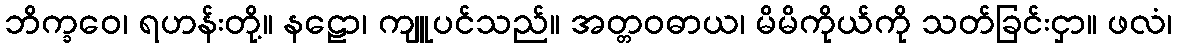
ဘိက္ခဝေ၊ ရဟန်းတို့။ နဠော၊ ကျူပင်သည်။ အတ္တဝဓာယ၊ မိမိကိုယ်ကို သတ်ခြင်းငှာ။ ဖလံ၊